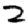
Digit: 2